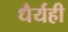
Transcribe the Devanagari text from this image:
धैर्यही